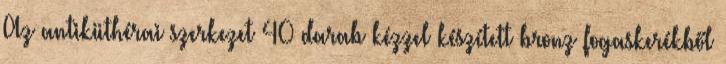
Az antiküthérai szerkezet 40 darab kézzel készített bronz fogaskerékből